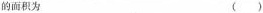
的面积为 ()